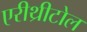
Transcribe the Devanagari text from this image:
एरीथ्रीटोल